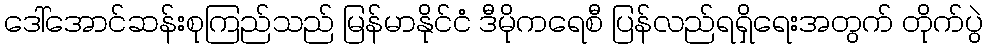
ဒေါ်အောင်ဆန်းစုကြည်သည် မြန်မာနိုင်ငံ ဒီမိုကရေစီ ပြန်လည်ရရှိရေးအတွက် တိုက်ပွဲ